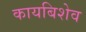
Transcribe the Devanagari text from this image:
कायबिशेव